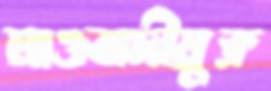
মাওবাদীমুক্ত